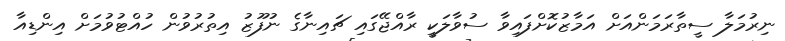
ނިރުމަލާ ސީތާރަމަންއަށް އަމާޒުކޮށްފައިވާ ސުވާލަކީ ރާއްޖޭގައި ޗައިނާގެ ނުފޫޒު އިތުރުވުން ހުއްޓުވުމަށް އިންޑިއާ